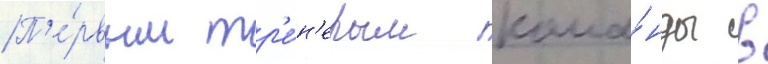
П'е́рвым тр'е́н'ером кома́нды в